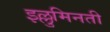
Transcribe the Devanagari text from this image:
इल्लुमिनती